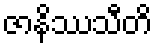
ဇာနိဿသီတိ